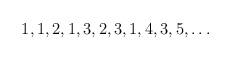
LaTeX: \begin{align*}1,1,2,1,3,2,3,1,4,3,5,\dots\end{align*}